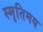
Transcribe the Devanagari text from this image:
स्मृतिमय